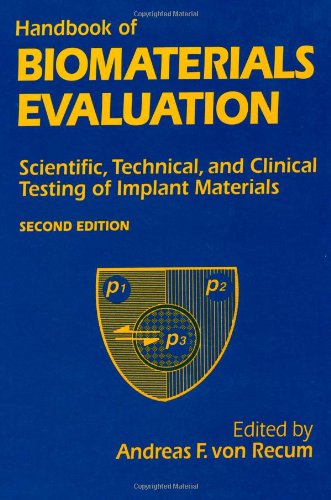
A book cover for Handbook Of Biomaterials Evaluation: Scientific, Technical And Clinical Testing Of Implant Materials, Second Edition; Medical Books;